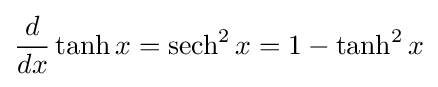
{\frac {d}{dx}}\tanh x={\operatorname {sech} ^{2}x}=1-\tanh ^{2}x